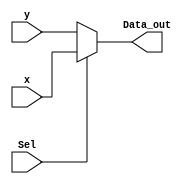
module mux2to1 #(
   // constant declaration
  parameter DATA_WIDTH = 32

)(
   input [(DATA_WIDTH-1):0] x,
   input [(DATA_WIDTH-1):0] y,
	input Sel,
	output [(DATA_WIDTH-1):0] Data_out
   
);

assign Data_out = Sel ? x : y ; 
endmodule